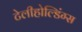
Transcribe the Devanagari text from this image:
टेलीहोल्डिंग्स